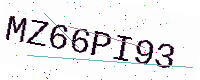
Text: MZ66PI93